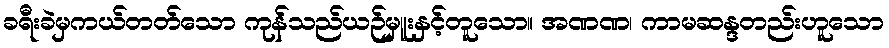
ခရီးခဲမှကယ်တတ်သော ကုန်သည်ယဉ်မှူးနှင့်တူသော။ အဏဏ၊ ကာမဆန္ဒတည်းဟူသော